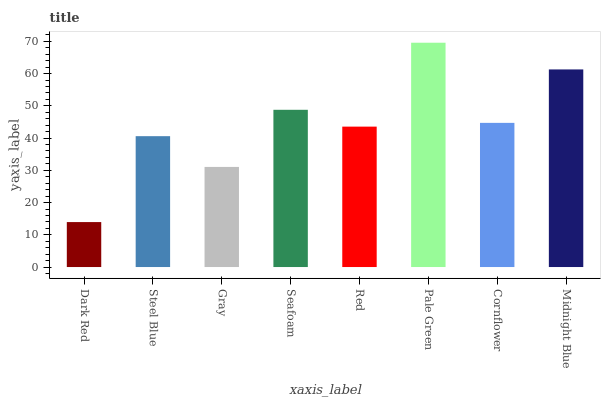
| xaxis_label | bars |
 | --- | --- |
 | Dark Red | 13.9 |
 | Steel Blue | 40.6 |
 | Gray | 31.1 |
 | Seafoam | 48.8 |
 | Red | 43.6 |
 | Pale Green | 69.6 |
 | Cornflower | 44.7 |
 | Midnight Blue | 61.3 |